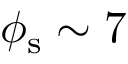
\phi _ { \mathrm { s } } \sim 7